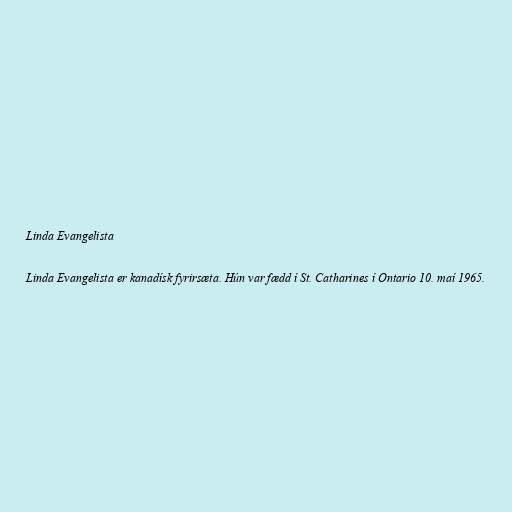
Linda Evangelista

Linda Evangelista er kanadísk fyrirsæta. Hún var fædd í St. Catharines í Ontario 10. maí 1965.